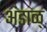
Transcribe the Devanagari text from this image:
अंडाळ्